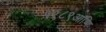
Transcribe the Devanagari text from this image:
१९८९आणि